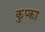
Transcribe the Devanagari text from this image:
कुप्का